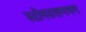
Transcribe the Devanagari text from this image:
स्टोनउलगभग